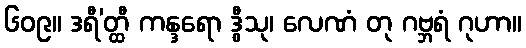
၆၀၉။ ဒရီ’တ္ထီ ကန္ဒရော ဒွီသု၊ လေဏံ တု ဂဗ္ဘရံ ဂုဟာ။